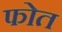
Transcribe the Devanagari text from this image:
फोत